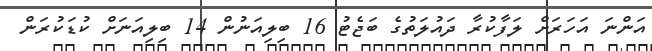
އަންނަ އަހަރަށް ލަފާކުރާ ދައުލަތުގެ ބަޖެޓު 16 ބިލިއަނުން 14 ބިލިއަނަށް ކުޑަކުރަން